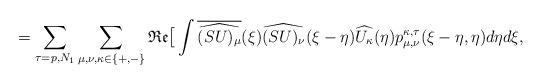
LaTeX: \begin{align*}=\sum_{\tau=p, N_1} \sum_{\mu, \nu, \kappa \in\{+,-\}} \mathfrak{Re} \big[\int \overline{\widehat{(SU)_{\mu}}}(\xi)\widehat{(SU)_{\nu}}(\xi-\eta) \widehat{U_{\kappa}}(\eta) p_{\mu, \nu}^{\kappa,\tau}(\xi-\eta, \eta) d \eta d \xi, \end{align*}